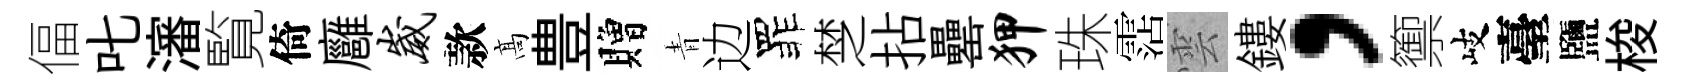
偪叱瀋覧倚廱崴款髙豊贈青边罪椘拈罍狎珠霑雲鏤，籞岐臺鹽梭